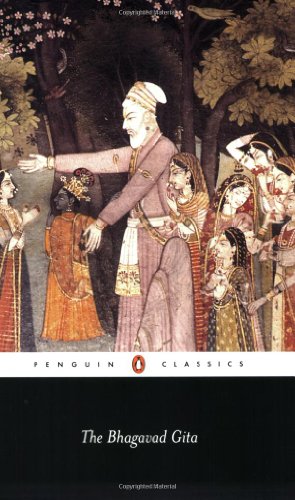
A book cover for The Bhagavad Gita (Penguin Classics); Anonymous; Religion & Spirituality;